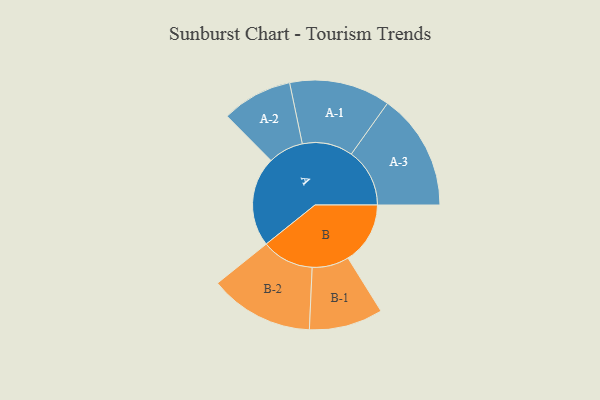
{"axis": {"x": "Segment", "y": "Value"}, "legend": ["", "A", "B"], "data": [{"x": "A", "y": 448, "type": ""}, {"x": "B", "y": 310, "type": ""}, {"x": "A-1", "y": 252, "type": "A"}, {"x": "A-2", "y": 176, "type": "A"}, {"x": "A-3", "y": 291, "type": "A"}, {"x": "B-1", "y": 184, "type": "B"}, {"x": "B-2", "y": 260, "type": "B"}]}